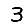
Digit: 3